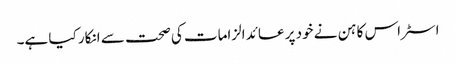
اسٹراس کاہن نے خود پر عائد الزامات کی صحت سے انکار کیا ہے۔